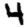
Digit: 4